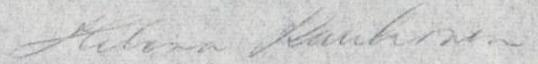
Helena Kaukonen